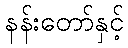
နန်းတော်နှင့်